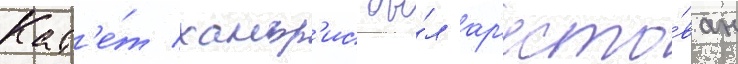
Кад'е́т хамфр'ис бы́л ар'есто́ван